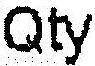
QTY